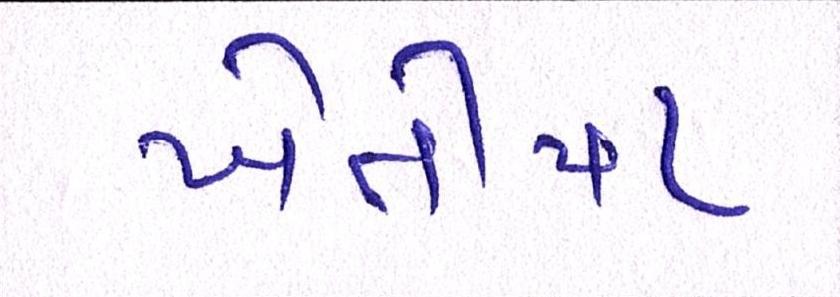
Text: ખેતીયા